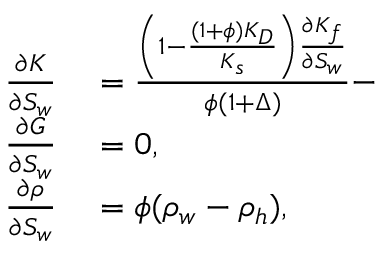
\begin{array} { r } { \begin{array} { r l } { \frac { \partial K } { \partial S _ { w } } } & { { } = \frac { \left( 1 - \frac { ( 1 + \phi ) K _ { D } } { K _ { s } } \right) \frac { \partial K _ { f } } { \partial S _ { w } } } { \phi ( 1 + \Delta ) } - } \\ { \frac { \partial G } { \partial S _ { w } } } & { { } = 0 , } \\ { \frac { \partial \rho } { \partial S _ { w } } } & { { } = \phi ( \rho _ { w } - \rho _ { h } ) , } \end{array} } \end{array}